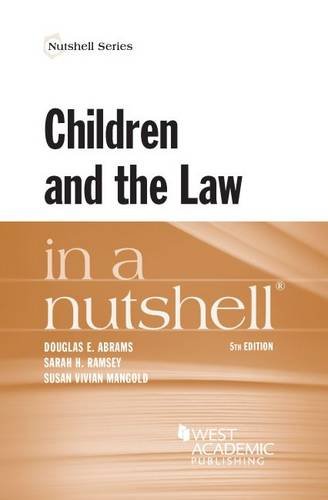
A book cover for Children and the Law in a Nutshell; Douglas Abrams; Law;